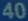
4/40